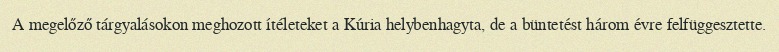
A megelőző tárgyalásokon meghozott ítéleteket a Kúria helybenhagyta, de a büntetést három évre felfüggesztette.